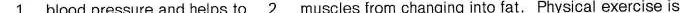
\underline{1} blood pressure and helps to \underline{2}muscles from changing into fat. Physical exercise is